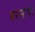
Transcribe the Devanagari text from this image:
बरसाये।